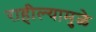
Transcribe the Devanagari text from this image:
राहील्यामुळे